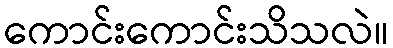
ကောင်းကောင်းသိသလဲ။